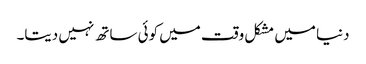
دنیا میں مشکل وقت میں کوئی ساتھ نہیں دیتا۔